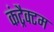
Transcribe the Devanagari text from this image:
कंट्रैक्टम